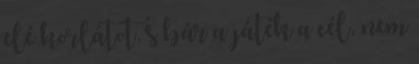
elé korlátot, s bár a játék a cél, nem